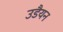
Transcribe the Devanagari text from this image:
उडैयन